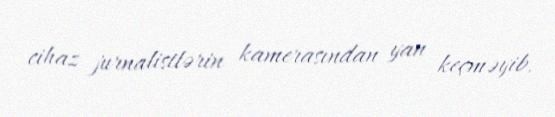
cihaz jurnalistlərin kamerasından yan keçməyib.